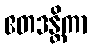
ဧတဒန္တိကာ